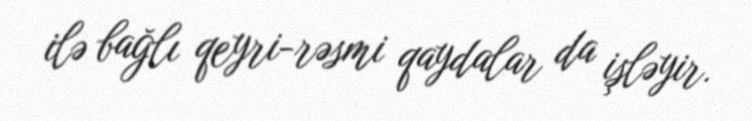
ilə bağlı qeyri-rəsmi qaydalar da işləyir.